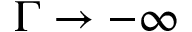
\Gamma \rightarrow - \infty